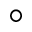
^ { \circ }